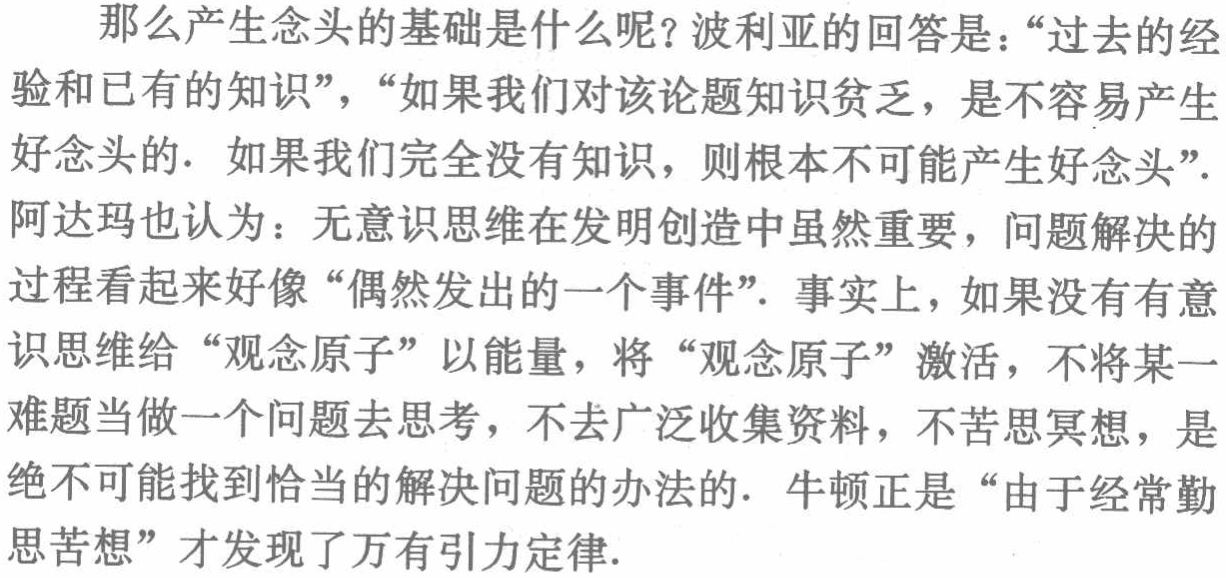
那么产生念头的基础是什么呢？波利亚的回答是：“过去的经验和已有的知识”，“如果我们对该论题知识贫乏，是不容易产生好念头的. 如果我们完全没有知识，则根本不可能产生好念头”. 阿达玛也认为：无意识思维在发明创造中虽然重要，问题解决的过程看起来好像“偶然发出的一个事件”. 事实上，如果没有有意识思维给“观念原子”以能量，将“观念原子”激活，不将某一难题当做一个问题去思考，不去广泛收集资料，不苦思冥想，是绝不可能找到恰当的解决问题的办法的. 牛顿正是“由于经常勤思苦想”才发现了万有引力定律.